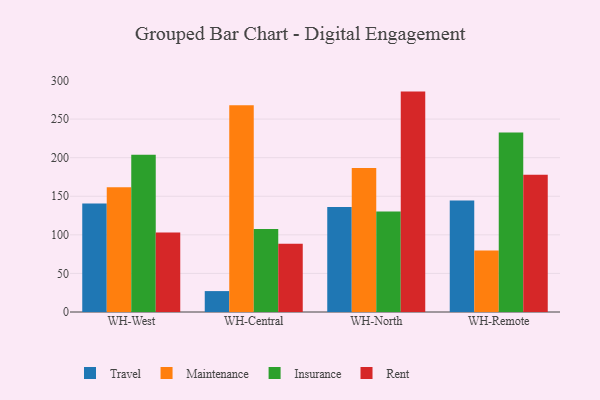
{"axis": {"x": "Warehouse", "y": "Bounce Rate (%)"}, "legend": ["Insurance", "Maintenance", "Rent", "Travel"], "data": [{"x": "WH-West", "y": 140.5, "type": "Travel"}, {"x": "WH-West", "y": 161.8, "type": "Maintenance"}, {"x": "WH-West", "y": 203.7, "type": "Insurance"}, {"x": "WH-West", "y": 103.1, "type": "Rent"}, {"x": "WH-Central", "y": 27.1, "type": "Travel"}, {"x": "WH-Central", "y": 267.8, "type": "Maintenance"}, {"x": "WH-Central", "y": 107.6, "type": "Insurance"}, {"x": "WH-Central", "y": 88.5, "type": "Rent"}, {"x": "WH-North", "y": 136.0, "type": "Travel"}, {"x": "WH-North", "y": 186.6, "type": "Maintenance"}, {"x": "WH-North", "y": 130.2, "type": "Insurance"}, {"x": "WH-North", "y": 285.6, "type": "Rent"}, {"x": "WH-Remote", "y": 144.6, "type": "Travel"}, {"x": "WH-Remote", "y": 79.7, "type": "Maintenance"}, {"x": "WH-Remote", "y": 232.6, "type": "Insurance"}, {"x": "WH-Remote", "y": 177.7, "type": "Rent"}]}